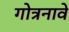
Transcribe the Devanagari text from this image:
गोत्रनावे